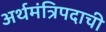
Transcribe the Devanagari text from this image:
अर्थमंत्रिपदाची